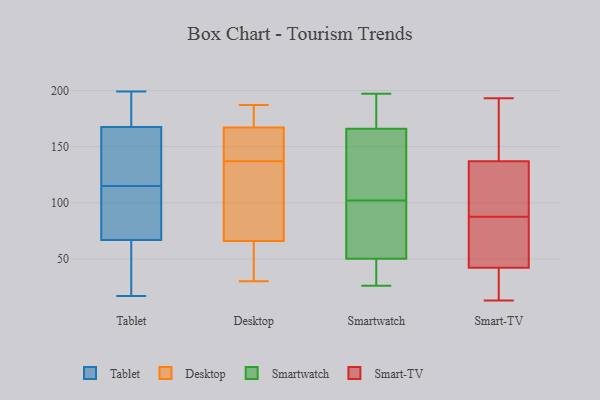
{"axis": {"x": "Waste Production (Tons)", "y": "Value"}, "legend": ["Desktop", "Smart-TV", "Smartwatch", "Tablet"], "data": [{"x": "", "y": 182, "type": "Tablet"}, {"x": "", "y": 78, "type": "Tablet"}, {"x": "", "y": 101, "type": "Tablet"}, {"x": "", "y": 26, "type": "Tablet"}, {"x": "", "y": 17, "type": "Tablet"}, {"x": "", "y": 183, "type": "Tablet"}, {"x": "", "y": 145, "type": "Tablet"}, {"x": "", "y": 85, "type": "Tablet"}, {"x": "", "y": 175, "type": "Tablet"}, {"x": "", "y": 126, "type": "Tablet"}, {"x": "", "y": 24, "type": "Tablet"}, {"x": "", "y": 144, "type": "Tablet"}, {"x": "", "y": 199, "type": "Tablet"}, {"x": "", "y": 66, "type": "Tablet"}, {"x": "", "y": 29, "type": "Tablet"}, {"x": "", "y": 115, "type": "Tablet"}, {"x": "", "y": 69, "type": "Tablet"}, {"x": "", "y": 120, "type": "Tablet"}, {"x": "", "y": 186, "type": "Tablet"}, {"x": "", "y": 101, "type": "Desktop"}, {"x": "", "y": 69, "type": "Desktop"}, {"x": "", "y": 180, "type": "Desktop"}, {"x": "", "y": 170, "type": "Desktop"}, {"x": "", "y": 187, "type": "Desktop"}, {"x": "", "y": 139, "type": "Desktop"}, {"x": "", "y": 30, "type": "Desktop"}, {"x": "", "y": 135, "type": "Desktop"}, {"x": "", "y": 177, "type": "Desktop"}, {"x": "", "y": 44, "type": "Desktop"}, {"x": "", "y": 72, "type": "Desktop"}, {"x": "", "y": 63, "type": "Desktop"}, {"x": "", "y": 48, "type": "Desktop"}, {"x": "", "y": 164, "type": "Desktop"}, {"x": "", "y": 144, "type": "Desktop"}, {"x": "", "y": 146, "type": "Desktop"}, {"x": "", "y": 166, "type": "Smartwatch"}, {"x": "", "y": 39, "type": "Smartwatch"}, {"x": "", "y": 171, "type": "Smartwatch"}, {"x": "", "y": 63, "type": "Smartwatch"}, {"x": "", "y": 106, "type": "Smartwatch"}, {"x": "", "y": 26, "type": "Smartwatch"}, {"x": "", "y": 42, "type": "Smartwatch"}, {"x": "", "y": 98, "type": "Smartwatch"}, {"x": "", "y": 190, "type": "Smartwatch"}, {"x": "", "y": 50, "type": "Smartwatch"}, {"x": "", "y": 137, "type": "Smartwatch"}, {"x": "", "y": 197, "type": "Smartwatch"}, {"x": "", "y": 70, "type": "Smartwatch"}, {"x": "", "y": 163, "type": "Smartwatch"}, {"x": "", "y": 72, "type": "Smart-TV"}, {"x": "", "y": 36, "type": "Smart-TV"}, {"x": "", "y": 29, "type": "Smart-TV"}, {"x": "", "y": 151, "type": "Smart-TV"}, {"x": "", "y": 48, "type": "Smart-TV"}, {"x": "", "y": 111, "type": "Smart-TV"}, {"x": "", "y": 145, "type": "Smart-TV"}, {"x": "", "y": 103, "type": "Smart-TV"}, {"x": "", "y": 163, "type": "Smart-TV"}, {"x": "", "y": 13, "type": "Smart-TV"}, {"x": "", "y": 63, "type": "Smart-TV"}, {"x": "", "y": 62, "type": "Smart-TV"}, {"x": "", "y": 124, "type": "Smart-TV"}, {"x": "", "y": 129, "type": "Smart-TV"}, {"x": "", "y": 32, "type": "Smart-TV"}, {"x": "", "y": 193, "type": "Smart-TV"}]}